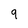
Character: 9